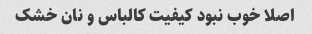
اصلا خوب نبود کیفیت کالباس و نان خشک